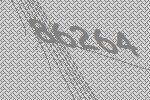
86264